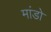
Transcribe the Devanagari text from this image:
मांडो